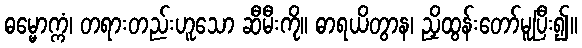
ဓမ္မောက္ကံ၊ တရားတည်းဟူသော ဆီမီးကို။ ဓာရယိတွာန၊ ညှိထွန်းတော်မူပြီး၍။